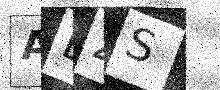
Text: ABZS